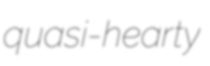
quasi-hearty